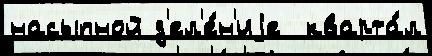
насыпной д'ел'е́н'иjе  кварта́л